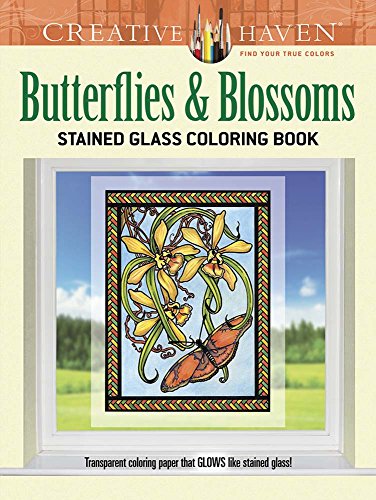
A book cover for Creative Haven Butterflies and Blossoms Stained Glass Coloring Book (Creative Haven Coloring Books); Carol Schmidt; Crafts, Hobbies & Home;